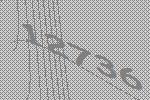
12736